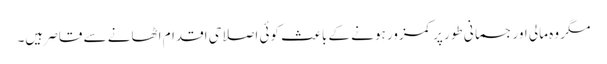
مگر وہ مالی اور جسمانی طور پر کمزور ہونے کے باعث کوئی اصلاحی اقدام اٹھانے سے قاصر ہیں۔